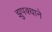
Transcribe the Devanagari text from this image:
झुपक्याने